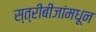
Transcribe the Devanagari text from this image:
स्त्रीबीजांमधून